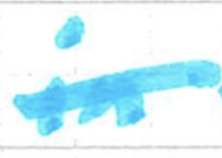
Text: in
Cross-out: single-line
Writing tool: marker